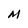
Character: M